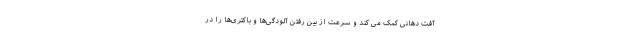
آفت دهانی کمک می کند و سرعت از بین رفتن آلودگی‌ها و باکتری‌ها را در